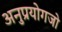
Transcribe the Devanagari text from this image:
अनुप्रयोगजो